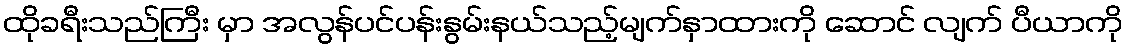
ထိုခရီးသည်ကြီး မှာ အလွန်ပင်ပန်းနွမ်းနယ်သည့်မျက်နှာထားကို ဆောင် လျက် ပီယာကို